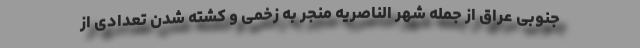
جنوبی عراق از جمله شهر الناصریه منجر به زخمی و کشته شدن تعدادی از